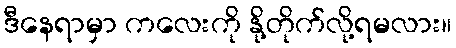
ဒီနေရာမှာ ကလေးကို နို့တိုက်လို့ရမလား။